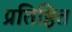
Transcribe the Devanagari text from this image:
प्रतिष्ठित